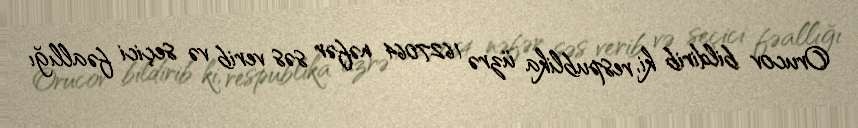
Orucov bildirib ki, respublika üzrə 1627064 nəfər səs verib və seçici fəallığı